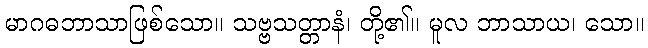
မာဂဓဘာသာဖြစ်သော။ သဗ္ဗသတ္တာနံ၊ တို့၏။ မူလ ဘာသာယ၊ သော။